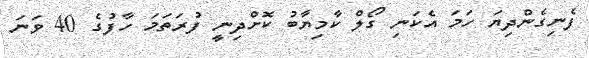
ފެނިގެންދިޔަ ހަމަ އެކަނި ގޯލް ކާމިޔާބު ކޮށްދިނީ ފުރަތަމަ ހާފުގެ 40 ވަނަ